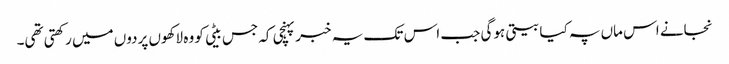
نجانے اس ماں پہ کیا بیتی ہوگی جب اس تک یہ خبر پہنچی کہ جس بیٹی کو وہ لاکھوں پردوں میں رکھتی تھی۔